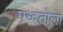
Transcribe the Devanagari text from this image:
पध्दतीला